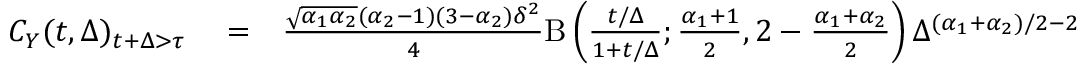
\begin{array} { r l r } { C _ { Y } ( t , \Delta ) _ { t + \Delta > \tau } } & { { } = } & { \frac { \sqrt { \alpha _ { 1 } \alpha _ { 2 } } ( \alpha _ { 2 } - 1 ) ( 3 - \alpha _ { 2 } ) \delta ^ { 2 } } { 4 } \mathrm { B } \left( \frac { t / \Delta } { 1 + t / \Delta } ; \frac { \alpha _ { 1 } + 1 } { 2 } , 2 - \frac { \alpha _ { 1 } + \alpha _ { 2 } } { 2 } \right) \Delta ^ { ( \alpha _ { 1 } + \alpha _ { 2 } ) / 2 - 2 } } \end{array}